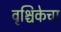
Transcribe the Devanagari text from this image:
वृश्चिकेचा